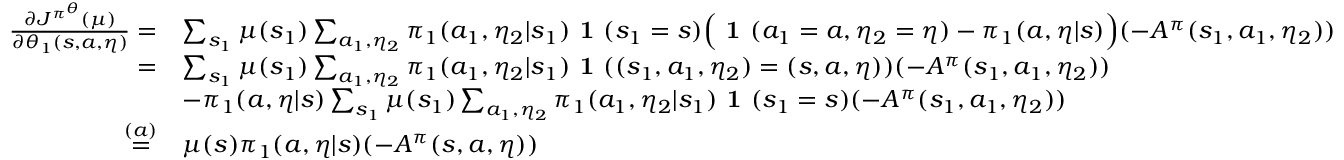
\begin{array} { r l } { \frac { \partial J ^ { \pi ^ { \theta } } ( \mu ) } { \partial \theta _ { 1 } ( s , a , \eta ) } = } & { \sum _ { s _ { 1 } } \mu ( s _ { 1 } ) \sum _ { a _ { 1 } , \eta _ { 2 } } \pi _ { 1 } ( a _ { 1 } , \eta _ { 2 } | s _ { 1 } ) \textbf { 1 } ( s _ { 1 } = s ) \Big ( \textbf { 1 } ( a _ { 1 } = a , \eta _ { 2 } = \eta ) - \pi _ { 1 } ( a , \eta | s ) \Big ) ( - A ^ { \pi } ( s _ { 1 } , a _ { 1 } , \eta _ { 2 } ) ) } \\ { = } & { \sum _ { s _ { 1 } } \mu ( s _ { 1 } ) \sum _ { a _ { 1 } , \eta _ { 2 } } \pi _ { 1 } ( a _ { 1 } , \eta _ { 2 } | s _ { 1 } ) \textbf { 1 } ( ( s _ { 1 } , a _ { 1 } , \eta _ { 2 } ) = ( s , a , \eta ) ) ( - A ^ { \pi } ( s _ { 1 } , a _ { 1 } , \eta _ { 2 } ) ) } \\ & { - \pi _ { 1 } ( a , \eta | s ) \sum _ { s _ { 1 } } \mu ( s _ { 1 } ) \sum _ { a _ { 1 } , \eta _ { 2 } } \pi _ { 1 } ( a _ { 1 } , \eta _ { 2 } | s _ { 1 } ) \textbf { 1 } ( s _ { 1 } = s ) ( - A ^ { \pi } ( s _ { 1 } , a _ { 1 } , \eta _ { 2 } ) ) } \\ { \overset { ( a ) } { = } } & { \mu ( s ) \pi _ { 1 } ( a , \eta | s ) ( - A ^ { \pi } ( s , a , \eta ) ) } \end{array}